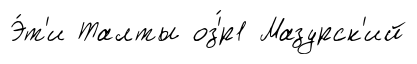
Э́т'и Талты оз'́р1 Мазурск'ий